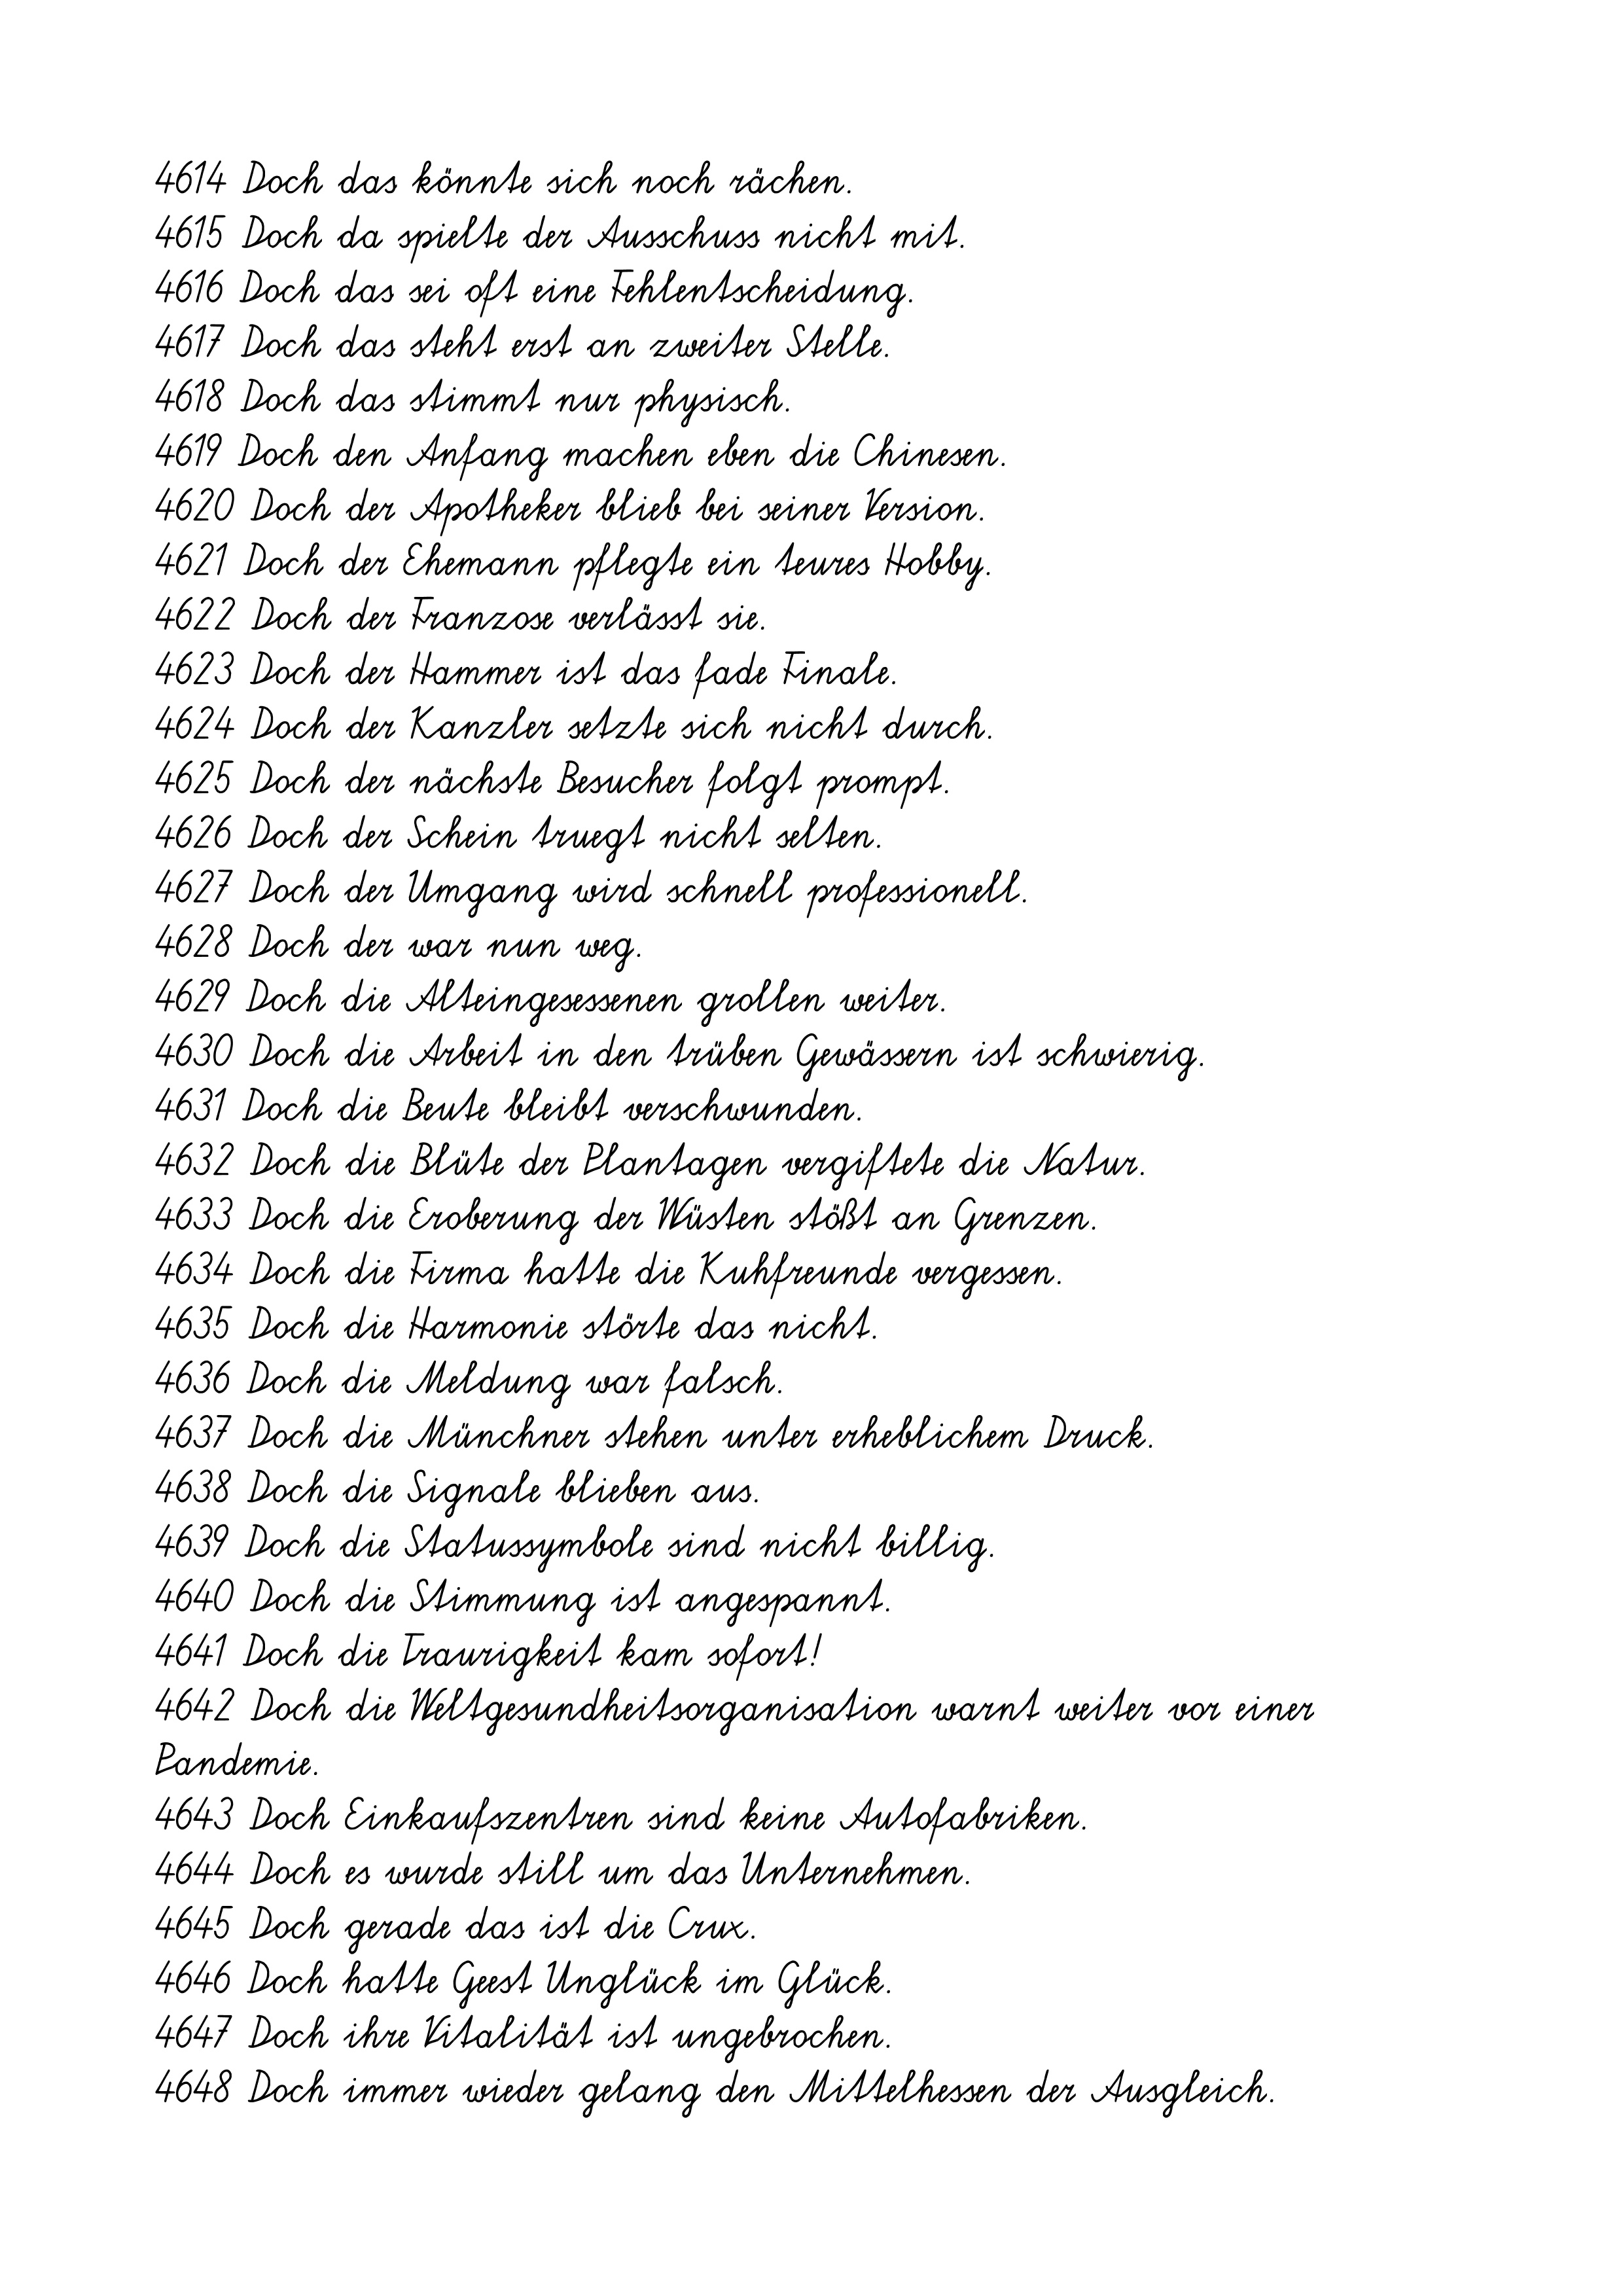
4649 Doch jeder Sturm nagt an der Insel.
4650 Doch Kakistos scheint übermächtig.
4651 Doch konnte ich sie nicht lokalisieren.
4652 Doch laß ich's bewenden.
4653 Doch letztlich entschied die Jugendstrafkammer zugunsten des
Persönlichkeitsschutzes der Angeklagten.
4654 Doch müsse der Plan noch einsetzbar gemacht werden.
4655 Doch müsste ein genehmigungsfähiger Zustand hergestellt werden.
4656 Doch nicht nur den Menschen.
4657 Doch nun ist erstmal Schluss.
4658 Doch plötzlich verliert sie die Kontrolle.
4659 Doch Sabah hatte keine Überlebenschance.
4660 Doch Stenlöse ist nicht groß.
4661 Doch Ullrich kam nicht.
4662 Doch Valencia legte nach.
4663 Doch Vorsicht bei der Bezahlung!
4664 Doch was schreibt die Bibel dazu?
4665 Doch wie groß sind die Chancen?
4666 Doch wie schlimm ist die Lage wirklich?
4667 Doch zur Schadenfreude besteht kein Anlaß.
4668 Dort befindet sich der Parkplatz an der Hermann-Kessler-Halle.
4669 Dort bin ich nach der Grundschulzeit zum Adalbert-Stifter-
Gymnasium gegangen.
4670 Dort bitte links abbiegen.
4671 Dort erhalten Sie Einblicke in die Produktion.
4672 Dort frieren sie an bestehenden Schneekristallen fest.
4673 Dort gab es kaum Proteste.
4674 Dort geht er auch nicht mehr weg.
4675 Dort geht es zur Schulwiese.
4676 Dort gemeinsames Abendessen.
4677 Dort gibt es auch eine Auswahl an Longdrinks und Cocktails.
4678 Dort gilt aber Demonstrationsverbot.
4679 Dort half er mit, den Abstieg zu verhindern.
4680 Dort heißt es u.a.
4681 Dorthin wird das Olympia-Symbol per Flugzeug gebracht.
4682 Dort ist aber nur ein kleiner Aufenthaltsraum.